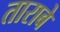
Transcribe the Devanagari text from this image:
ताराबे